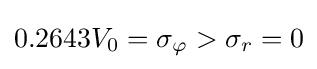
0.2643V_{0}=\sigma _{\varphi }>\sigma _{r}=0